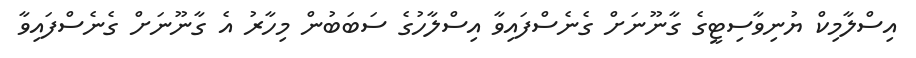
އިސްލާމިކް ޔުނިވާސިޓީގެ ގާނޫނަށް ގެނެސްފައިވާ އިސްލާހުގެ ސަބަބުން މިހާރު އެ ގާނޫނަށް ގެނެސްފައިވާ